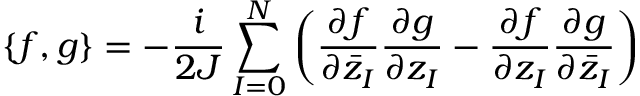
\{ f , g \} = - \frac { i } { 2 J } \sum _ { I = 0 } ^ { N } \left( \frac { \partial f } { \partial { \bar { z } } _ { I } } \frac { \partial g } { \partial z _ { I } } - \frac { \partial f } { \partial z _ { I } } \frac { \partial g } { \partial { \bar { z } } _ { I } } \right)